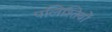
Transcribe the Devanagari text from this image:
पलिश्तियों